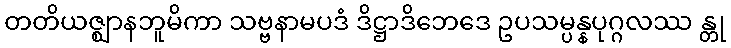
တတိယဇ္ဈာနဘူမိကာ သဗ္ဗနာမပဒံ ဒိဋ္ဌာဒိဘေဒေ ဥပသမ္ပန္နပုဂ္ဂလဿ န္တု